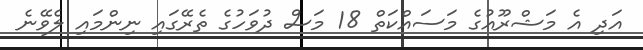
އަދި އެ މަޝްރޫއުގެ މަސައްކަތް 18 މަސް ދުވަހުގެ ތެރޭގައި ނިންމައި ލެވޭނެ